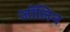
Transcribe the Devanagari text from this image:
जॉलिन